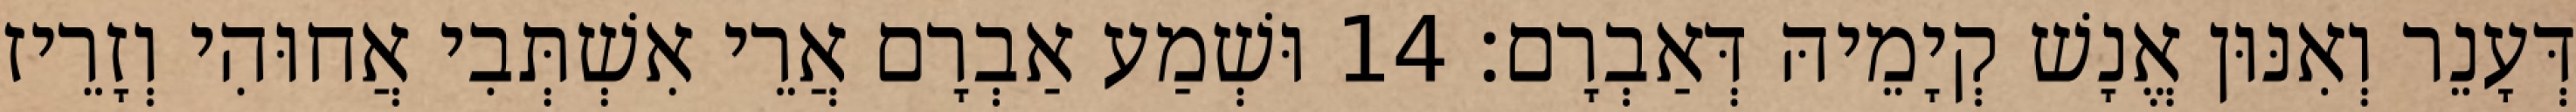
דְּעָנֵר וְאִנּוּן אֱנָשׁ קְיָמֵיהּ דְּאַבְרָם׃ 14 וּשְׁמַע אַבְרָם אֲרֵי אִשְׁתְּבִי אֲחוּהִי וְזָרֵיז